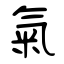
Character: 氣